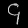
Digit: ၄